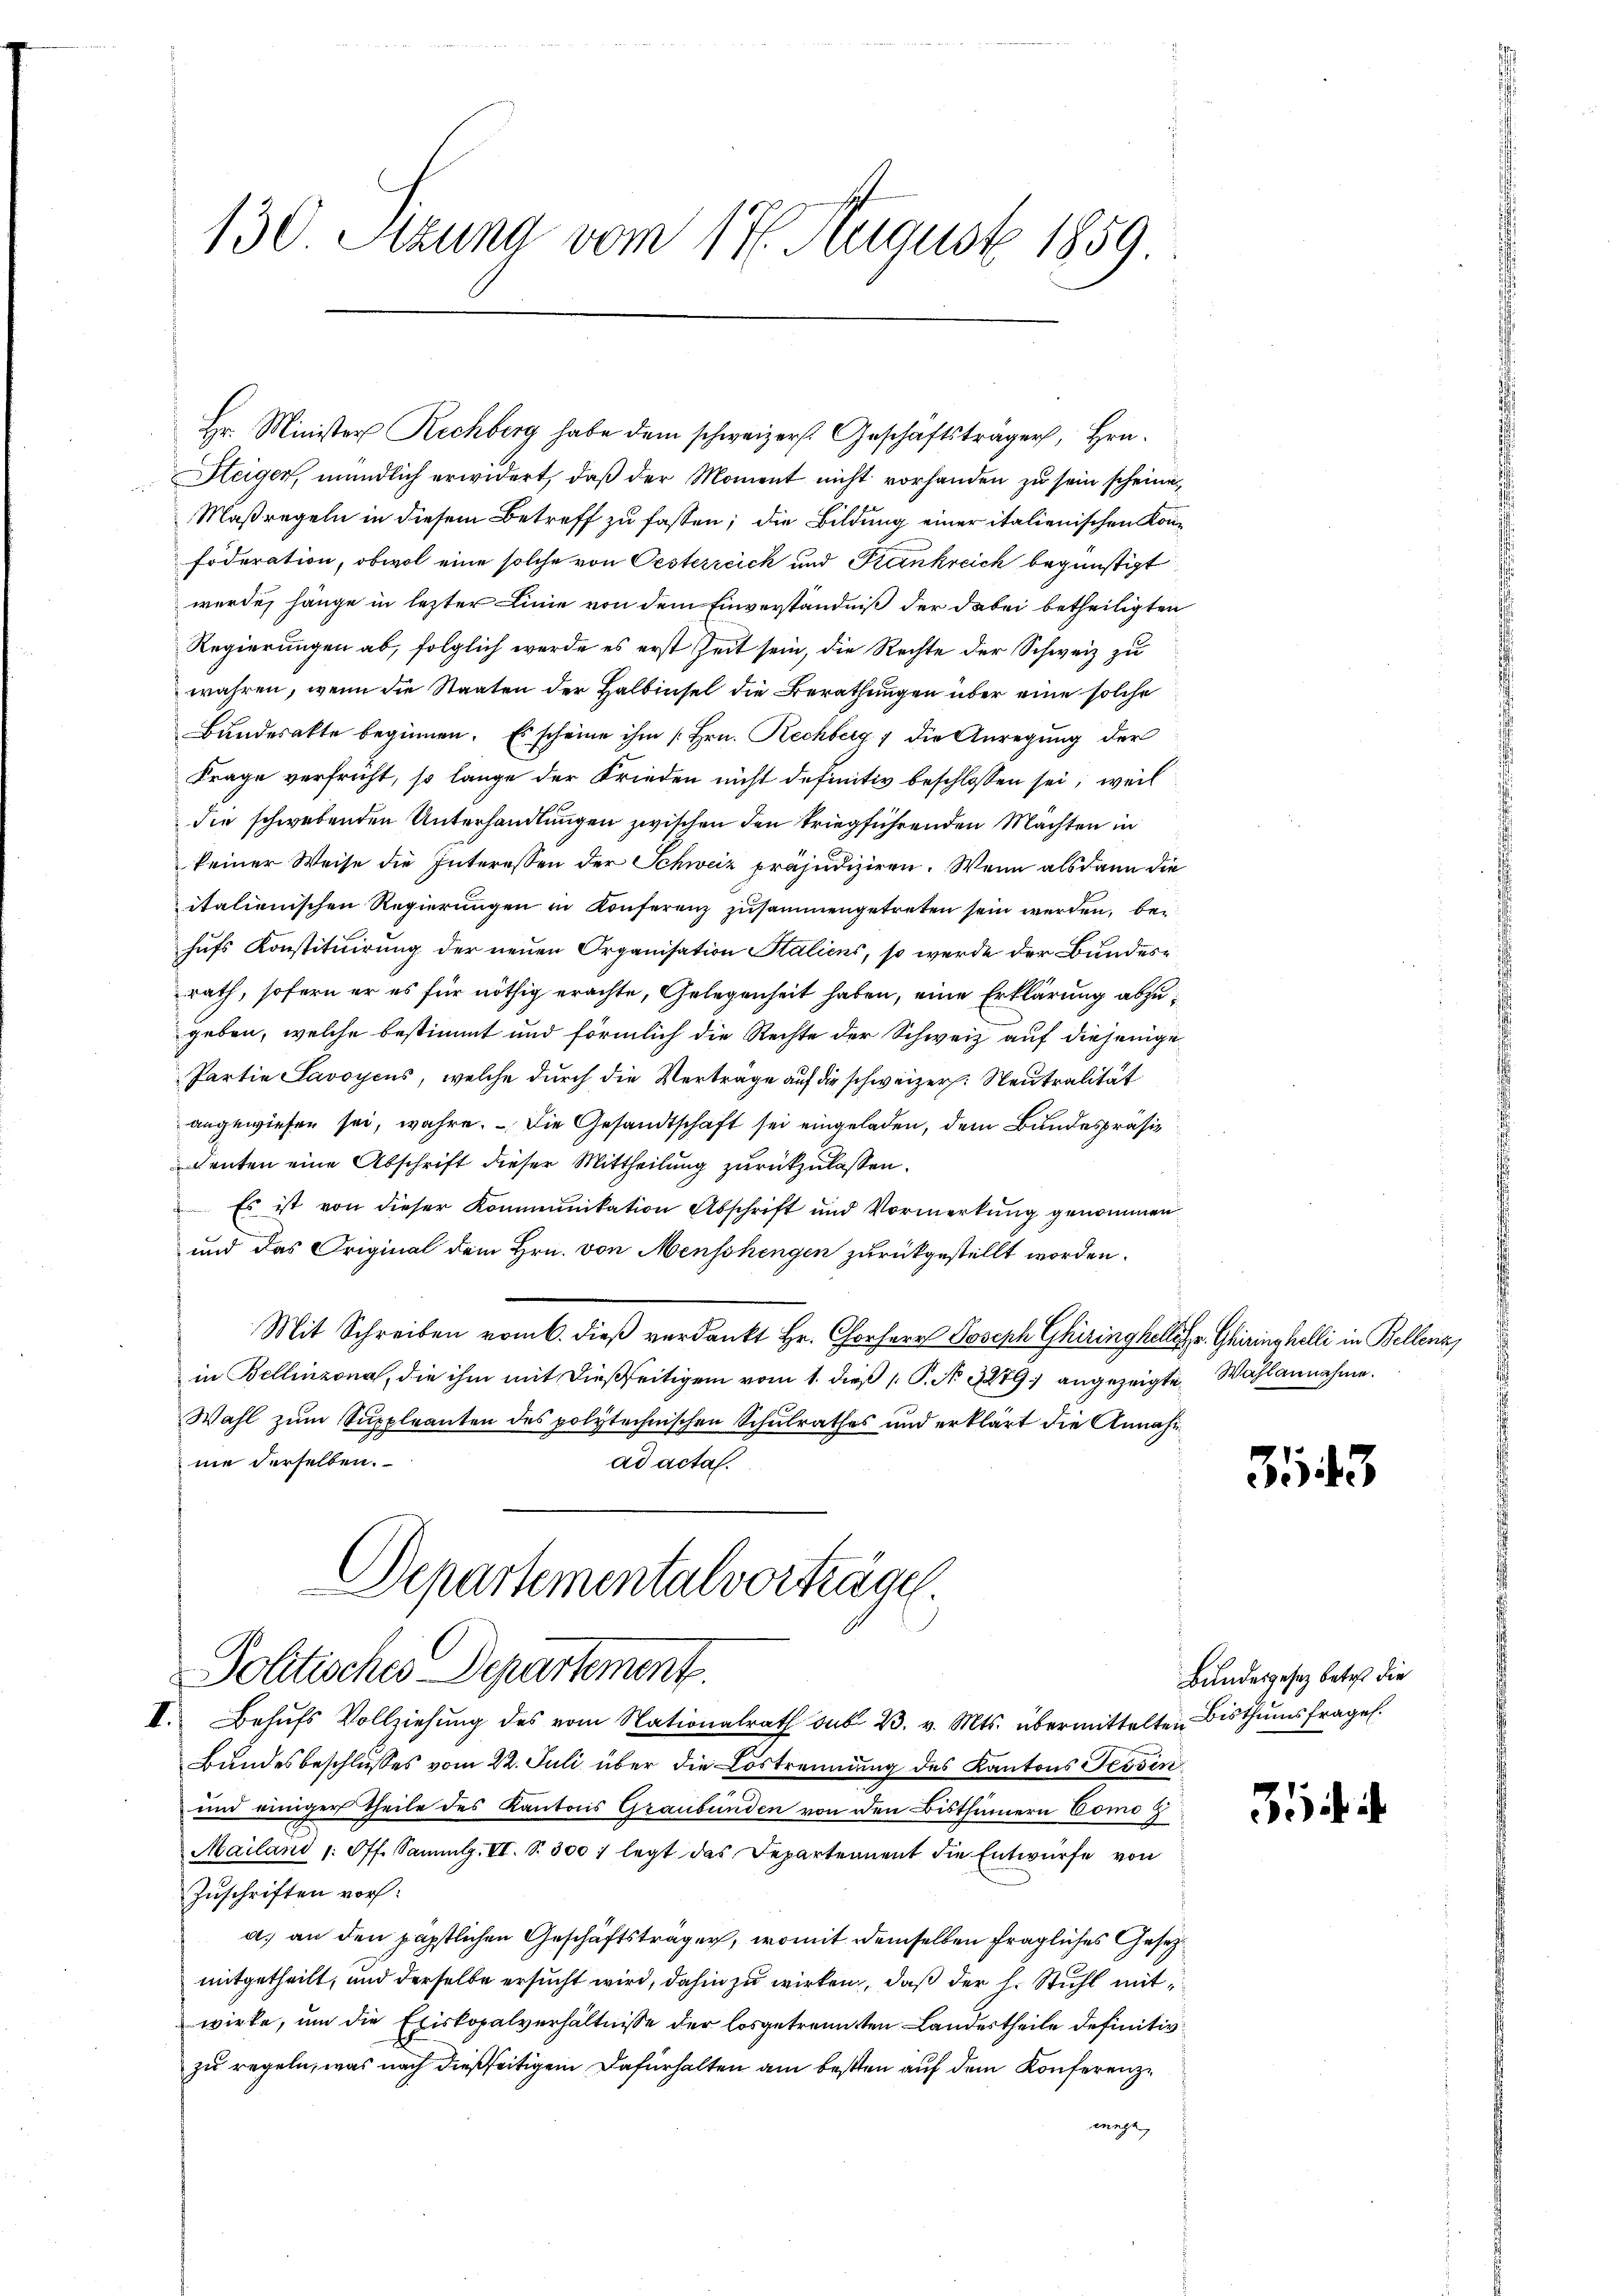
130 Stzung vom 17. August 1859.

Hr. Minister Rechberg habe dem schweizers. Geschäftsträger, Hrn.
Steiger, mündlich erwidert, daß der Moment nicht vorhanden zu sein scheine

Maßregeln in diesem Betreff zu fassen; die Bildung einer italienischen Kon¬
Foderation, obwol eine solche von Oesterreich und Frankreich begünstigt
wurde, hänge in letzter Linie von dem Einverständniß der dabei betheiligten
Regierungen ab, folglich werde es erst Zeit sein, die Rechte der Schweiz zu
wahren, wenn die Staaten der Halbinsel die Berathungen über eine solche
Bundesatte beginnen. Es scheine ihm [Hrn. Rechberg 1 die Anregung der
Frage verfrüht, so lange der Frieden nicht definitiv beschlossen sei, weil
die schwebenden Unterhandlungen zwischen den kriegführenden Mächten in
keiner Weise die Interessen der Schweiz präjudiziren. Wenn als dann die
italienischen Regierungen in Konferenz zusammengetreten sein werden, bei
hufs Konstituirung der neuen Organisation Staliens, so werde der Bundesrath, sofern er es für nöthig erachte, Gelegenheit haben, eine Erklärung abzugeben, welche bestimmt und förmlich die Rechte der Schweiz auf diejenige
Partie Savoyens, welche durch die Vertrage auf die schweizer. Neutralität
angewiesen sei, wahre. Die Gesandtschaft sei eingeladen, dem Bundespräsi
enten eine Abschrift dieser Mittheilung zurückzulassen.
 Es ist von dieser Kommunikation Abschrift und Vormerkung genommen
und das Original dem Hrn. von Menschengen zurückgestellt worden.
Mit Schreiben vom 6. dieß verdankt Hr. Chorherr Joseph Ghiringheller. Ghirinshelli in Bellenz,
in Bellinzona, die ihm mit dießseitigem vom 1. dieß P. No 1279) angezeigte Wahlannahme.
Wahl zum Suppleanten des polytechnischen Schulrathes und erklärt die Annahm
ne derselben.
ad acta.

Departementalvorträge
Politisches Departement

I. Behŭfs Vollziehŭng des vom Nationalrath sub. 2. v. Mts. übermittelten Bisthumsfrages.
Bundesbeschlusses vom 22. Juli über die Lostrennung des Kantons Tessin
und einiger Theile des Kantons Graubünden von den Bisthümern Como z
Mailand /: Off. Sammlg. VI. S. 300 legt das Departement die Entwürfe von
Zuschriften vora) an den päpstlichen Geschäftsträger, womit demselben fragliches Gesetz
mitgetheilt, und derselbe ersucht wird, dahin zu wirken, daß der h. Stuhl mit
wirke, um die Exiskopalverhältnisse der losgetrennten Landestheile definitiv
zu regeln, was nach dießseitigem Dafürhalten am besten auf dem Konferenzwege,

343

Bundesgesetz betr. die

35 i